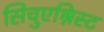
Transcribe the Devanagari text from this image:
सिचुएश्निस्ट